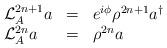
LaTeX: \begin{align*}\begin{array}{lcl}{\cal L}_A^{2n+1} a &=& e^{i\phi} \rho^{2n+1}a^\dagger \\{\cal L}_A^{2n} a &=& \rho^{2n}a \\ \end{array}\end{align*}